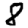
Digit: 8